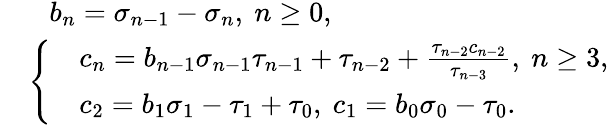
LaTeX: \begin{array}{rl}&{~~~b_{n}=\sigma_{n-1}-\sigma_{n},~n\geq 0,}\\ &{\left\{ \begin{array}{rl}&{c_{n}=b_{n-1}\sigma_{n-1}\tau_{n-1}+\tau_{n-2}+\frac{\tau_{n-2}c_{n-2}}{\tau_{n-3}},~n\geq 3,}\\ &{c_{2}=b_{1}\sigma_{1}-\tau_{1}+\tau_{0},~c_{1}=b_{0}\sigma_{0}-\tau_{0}.}\end{array}\right.}\end{array}